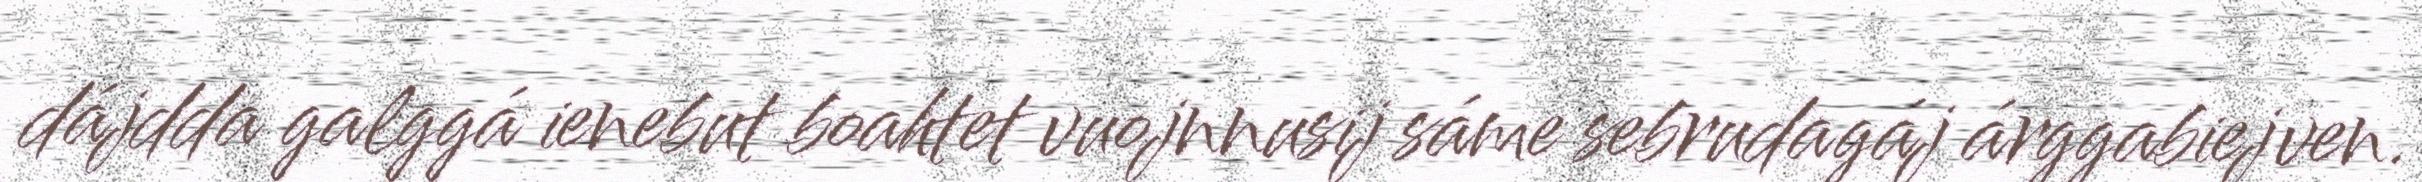
dájdda galggá ienebut boahtet vuojnnusij sáme sebrudagáj árggabiejven.